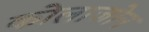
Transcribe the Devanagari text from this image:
कोलाजोन